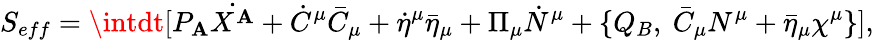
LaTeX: S_{eff}=\intdt[P_{\mathbf{A}}\dot{{X^{\mathbf{A}}}}+\dot{{C}}^{\mu}\bar{{C}}_{\mu}+\dot{{\eta}}^{\mu}\bar{{\eta}}_{\mu}+\Pi_{\mu}\dot{{N}}^{\mu}+\{ Q_{B},~\bar{{C}}_{\mu}N^{\mu}+\bar{{\eta}}_{\mu}\chi^{\mu}\} ],